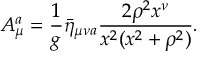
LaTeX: \Delta ( p _ { 0 } ) = { \frac { g ^ { 2 } } { 1 8 \pi ^ { 2 } } } \int _ { 0 } ^ { \infty } d q _ { 0 } \, \ln { \frac { \mu } { | p _ { 0 } - q _ { 0 } | } } \cdot { \frac { \Delta ( q _ { 0 } ) } { \sqrt { q _ { 0 } ^ { 2 } + \Delta ^ { 2 } ( q _ { 0 } ) } } }